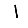
Digit: 1